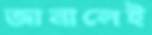
জানালেই